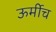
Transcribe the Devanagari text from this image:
ऊर्मीच